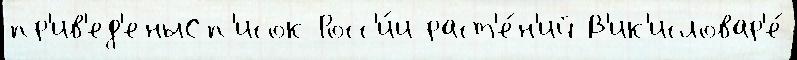
пр'ив'ед'еныСп'исок Росс'и́и раст'е́н'ий В'ик'исловар'е́